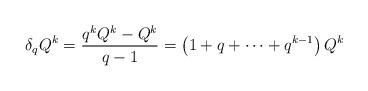
LaTeX: \begin{align*} \delta_q Q^k = \frac{q^k Q^k - Q^k}{q-1} = \left( 1 + q + \cdots + q^{k-1} \right) Q^k\end{align*}